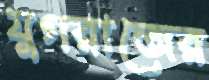
যুগরাজের